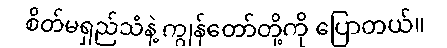
စိတ်မရှည်သံနဲ့ ကျွန်တော်တို့ကို ပြောတယ်။